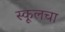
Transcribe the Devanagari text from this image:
स्कूलचा